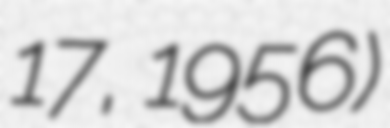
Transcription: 17, 1956)